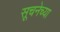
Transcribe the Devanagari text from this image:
सूचनेच्या